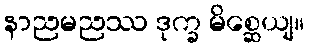
နာညမညဿ ဒုက္ခ မိစ္ဆေယျ။